Report of veterinary surgeon J.H. Steel, A.V.D., on his investigation into an obscure and fatal disease among transport mules in British Burma
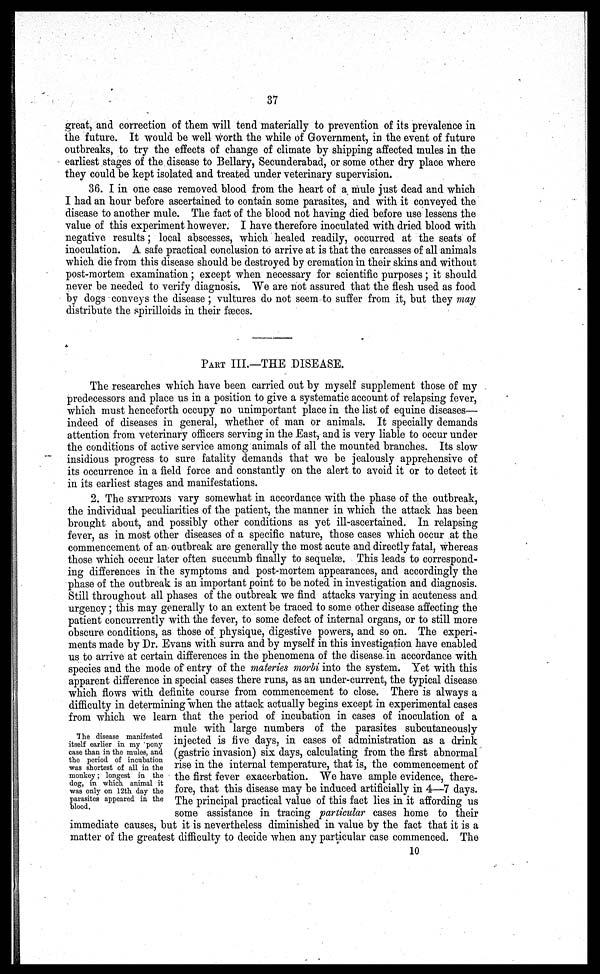
37
great, and correction of them will tend materially to prevention of its prevalence in
the future. It would be well worth the while of Government, in the event of future
outbreaks, to try the effects of change of climate by shipping affected mules in the
earliest stages of the disease to Bellary, Secunderabad, or some other dry place where
they could be kept isolated and treated under veterinary supervision.
36. I in one case removed blood from the heart of a mule just dead and which
I had an hour before ascertained to contain some parasites, and with it conveyed the
disease to another mule. The fact of the blood not having died before use lessens the
value of this experiment however. I have therefore inoculated with dried blood with
negative results; local abscesses, which healed readily, occurred at the seats of
inoculation. A safe practical conclusion to arrive at is that the carcasses of all animals
which die from this disease should be destroyed by cremation in their skins and without
post-mortem examination; except when necessary for scientific purposes; it should
never be needed to verify diagnosis. We are not assured that the flesh used as food
by dogs conveys the disease; vultures do not seem to suffer from it, but they may
distribute the spirilloids in their fasces.
PART III.—THE DISEASE.
The researches which have been carried out by myself supplement those of my
predecessors and place us in a position to give a systematic account of relapsing fever,
which must henceforth occupy no unimportant place in the list of equine diseases—
indeed of diseases in general, whether of man or animals. It specially demands
attention from veterinary officers serving in the East, and is very liable to occur under
the conditions of active service among animals of all the mounted branches. Its slow
insidious progress to sure fatality demands that we be jealously apprehensive of
its occurrence in a field force and constantly on the alert to avoid it or to detect it
in its earliest stages and manifestations.
2. The SYMPTOMS vary somewhat in accordance with the phase of the outbreak,
the individual peculiarities of the patient, the manner in which the attack has been
brought about, and possibly other conditions as yet ill-ascertained. In relapsing
fever, as in most other diseases of a specific nature, those cases which occur at the
commencement of an outbreak are generally the most acute and directly fatal, whereas
those which occur later often succumb finally to sequelae. This leads to correspond-
ing differences in the symptoms and post-mortem appearances, and accordingly the
phase of the outbreak is an important point to be noted in investigation and diagnosis.
Still throughout all phases of the outbreak we find attacks varying in acuteness and
urgency; this may generally to an extent be traced to some other disease affecting the
patient concurrently with the fever, to some defect of internal organs, or to still more
obscure conditions, as those of physique, digestive powers, and so on. The experi-
ments made by Dr. Evans with surra and by myself in this investigation have enabled
us to arrive at certain differences in the phenomena of the disease. in accordance with
species and the mode of entry of the materies morbi into the system. Yet with this
apparent difference in special cases there runs, as an under-current, the typical disease
which flows with definite course from commencement to close. There is always a
difficulty in determining when the attack actually begins except in experimental cases
from which we learn that the period of incubation in cases of inoculation of a
mule with large numbers of the parasites subcutaneously
injected is five days, in cases of administration as a drink
(gastric invasion) six days, calculating from the first abnormal
rise in the internal temperature, that is, the commencement of
the first fever exacerbation. We have ample evidence, there-
fore, that this disease may be induced artificially in 4—7 days.
The principal practical value of this fact lies in it affording us
some assistance in tracing particular cases home to their
immediate causes, but it is nevertheless diminished in value by the fact that it is a
matter of the greatest difficulty to decide when any particular case commenced. The
The disease manifested
itself earlier in my 'pony
case than in the mules, and
the period of incubation
was shortest of all in the
monkey; longest in the
dog, in which animal it
was only on 12th day the
parasites appeared in the
blood.
10